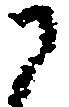
に